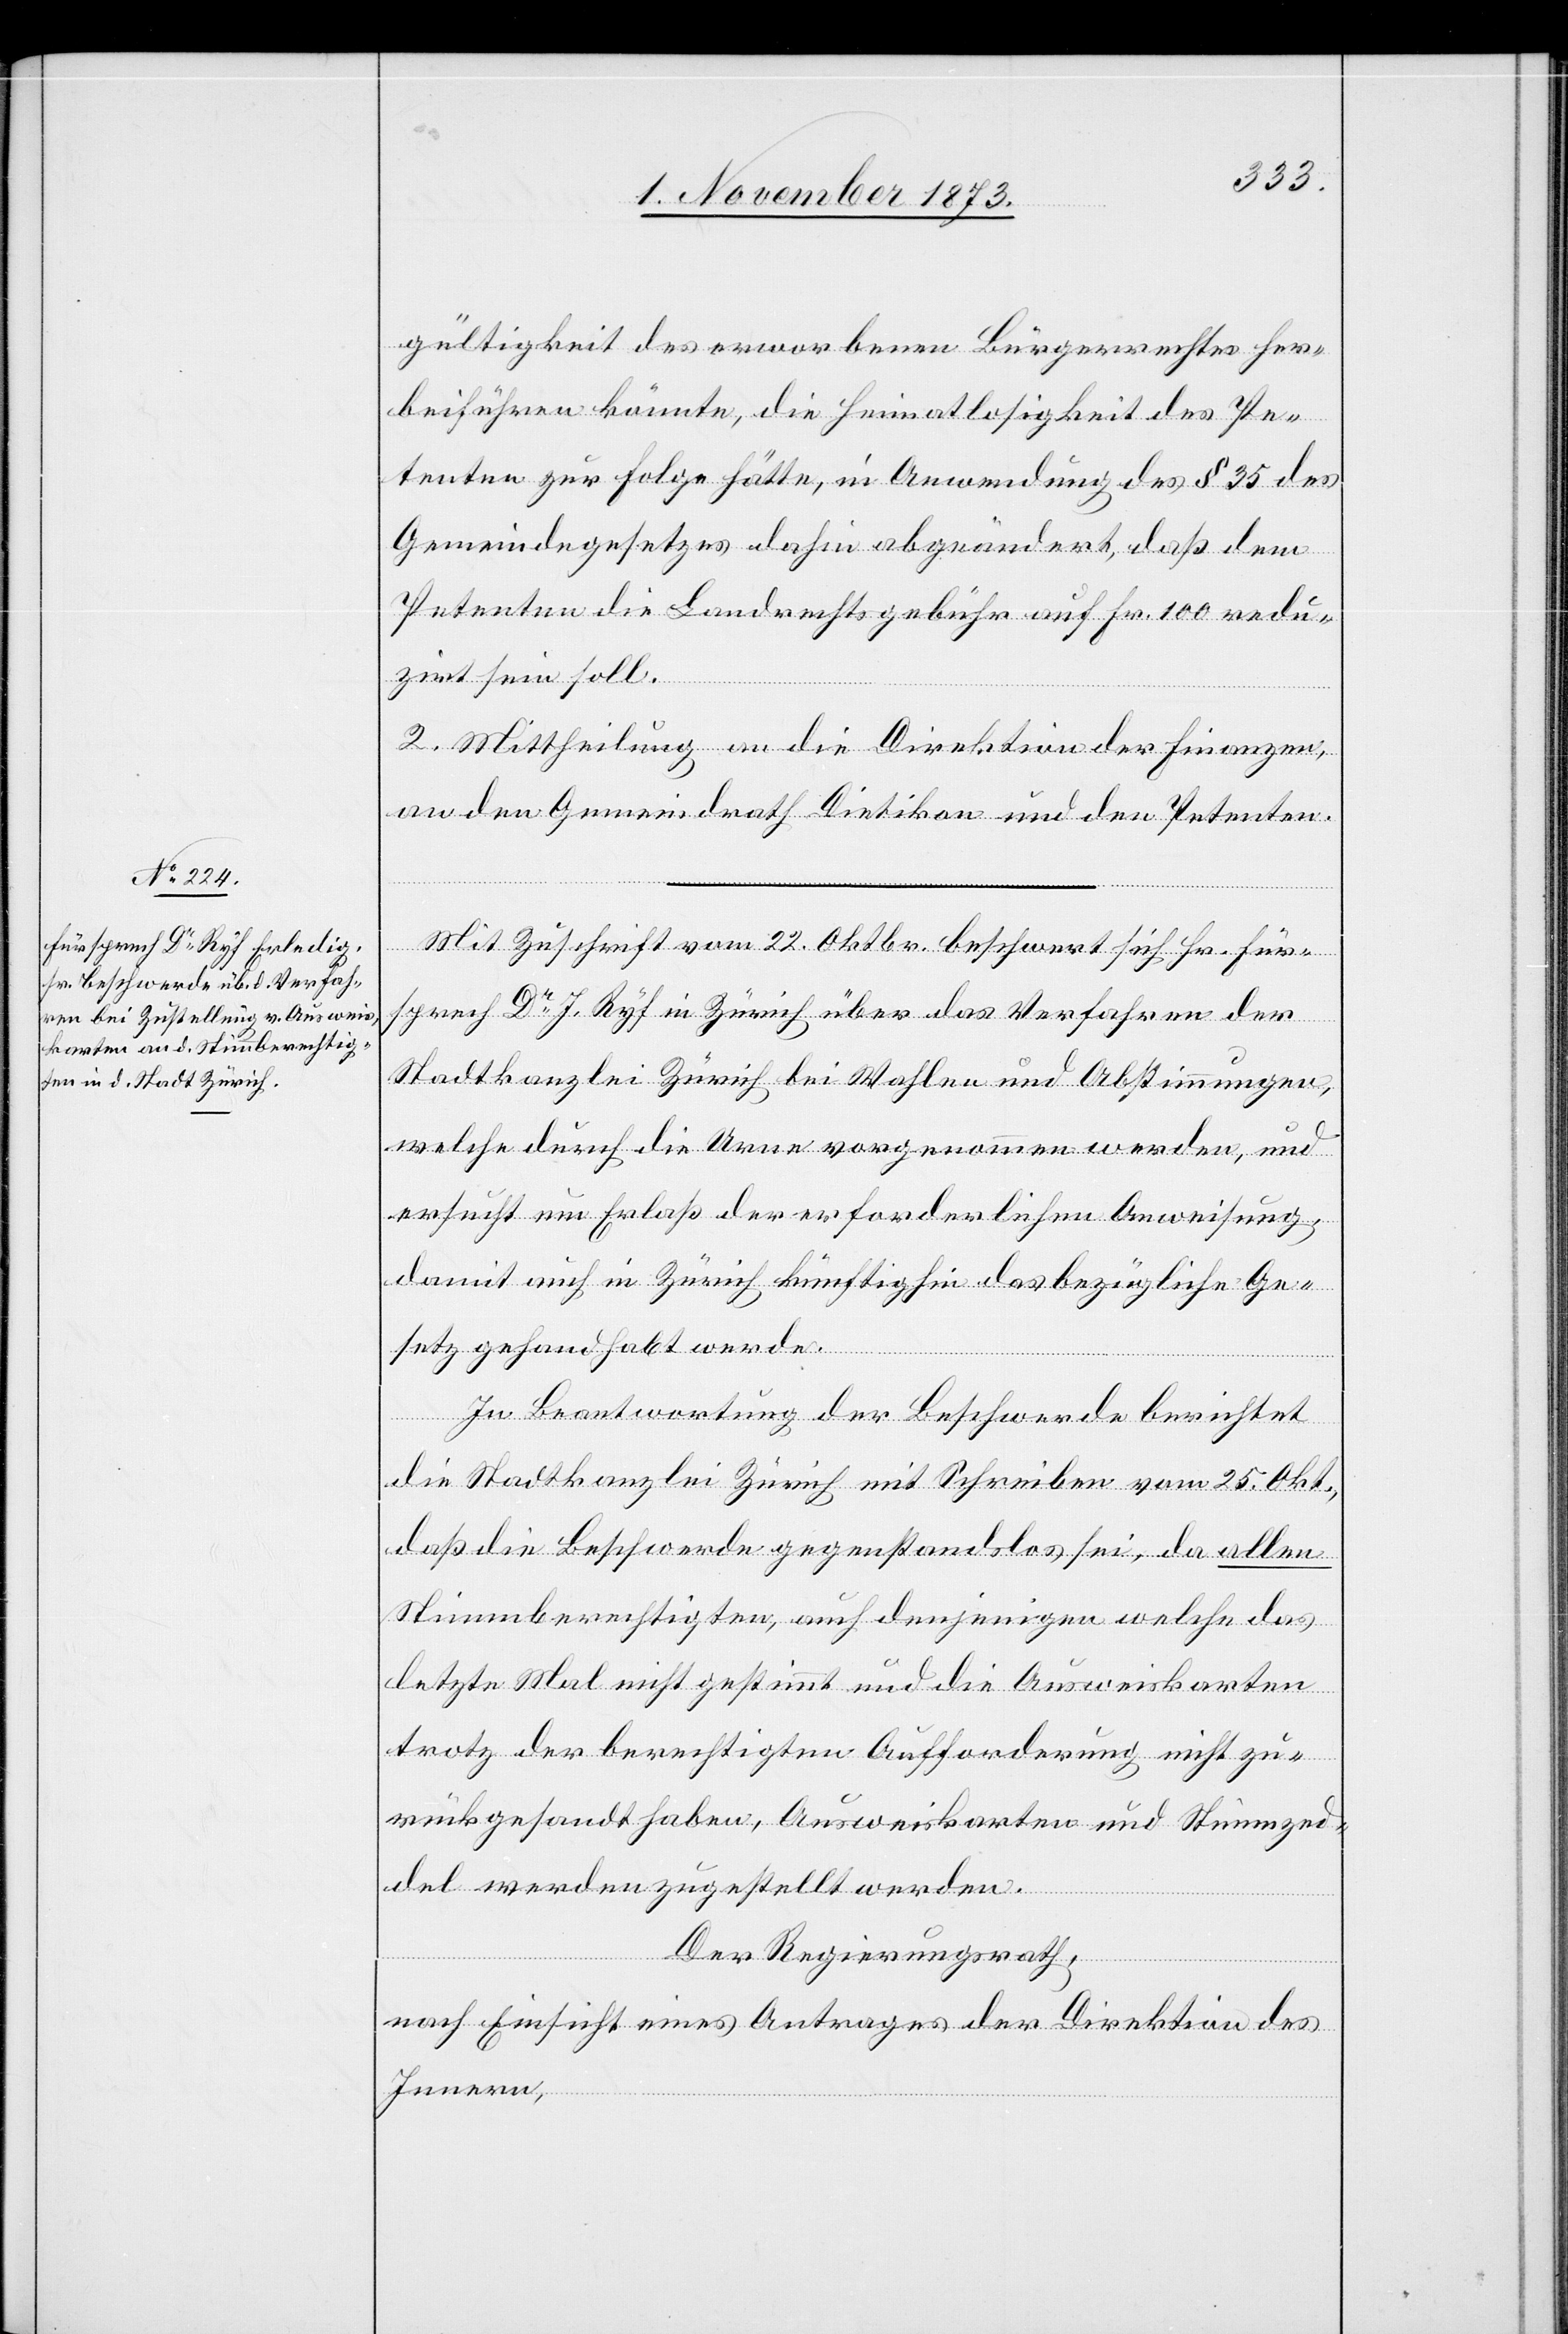
gültigkeit des erworbenen Bürgerrechtes her¬
beiführen könnte, die Heimatlosigkeit des Pe¬
tenten zur Folge hätte, in Anwendung des § 35 des
Gemeindegesetzes dahin abgeändert, daß dem
Petenten die Landrechtsgebühr auf Fr. 100 redu¬
zirt sein soll.
2. Mittheilung an die Direktion der Finanzen,
an den Gemeindrath Dietikon und den Petenten.
Mit Zuschrift vom 22. Oktbr. beschwert sich Hr. Für¬
sprech Dr J. Ryf in Zürich über das Verfahren der
Stadtkanzlei Zürich bei Wahlen und Abstimmungen,
welche durch die Urne vorgenommen werden, und
ersucht um Erlaß der erforderlichen Anweisung,
damit auch in Zürich künftighin das bezügliche Ge¬
setz gehandhabt werde.
In Beantwortung der Beschwerde berichtet
die Stadtkanzlei Zürich mit Schreiben vom 25. Okt.,
daß die Beschwerde gegenstandslos sei, da allen
Stimmberechtigten, auch denjenigen welche das
letzte Mal nicht gestimmt und die Ausweiskarten
trotz der berechtigten Aufforderung nicht zu¬
rückgesandt haben, Ausweiskarten und Stimmzed¬
del werden zugestellt werden.
Der Regierungsrath,
nach Einsicht eines Antrages der Direktion des
Innern,